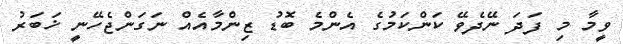
ވީމާ މި ފަދަ ނޭދެވޭ ކަންކަމުގެ އެންމެ ބޮޑު ޒިންމާއެއް ނަގަންޖެހޭނީ ޚަބަރު